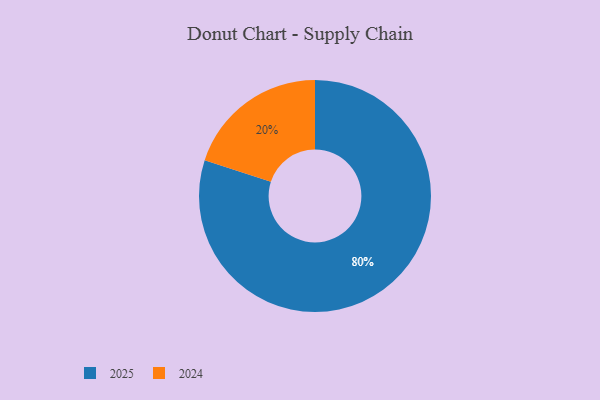
{"axis": {"x": "Category", "y": "Percentage"}, "legend": ["2024", "2025"], "data": [{"x": "2025", "y": 80, "type": "2025"}, {"x": "2024", "y": 20, "type": "2024"}]}